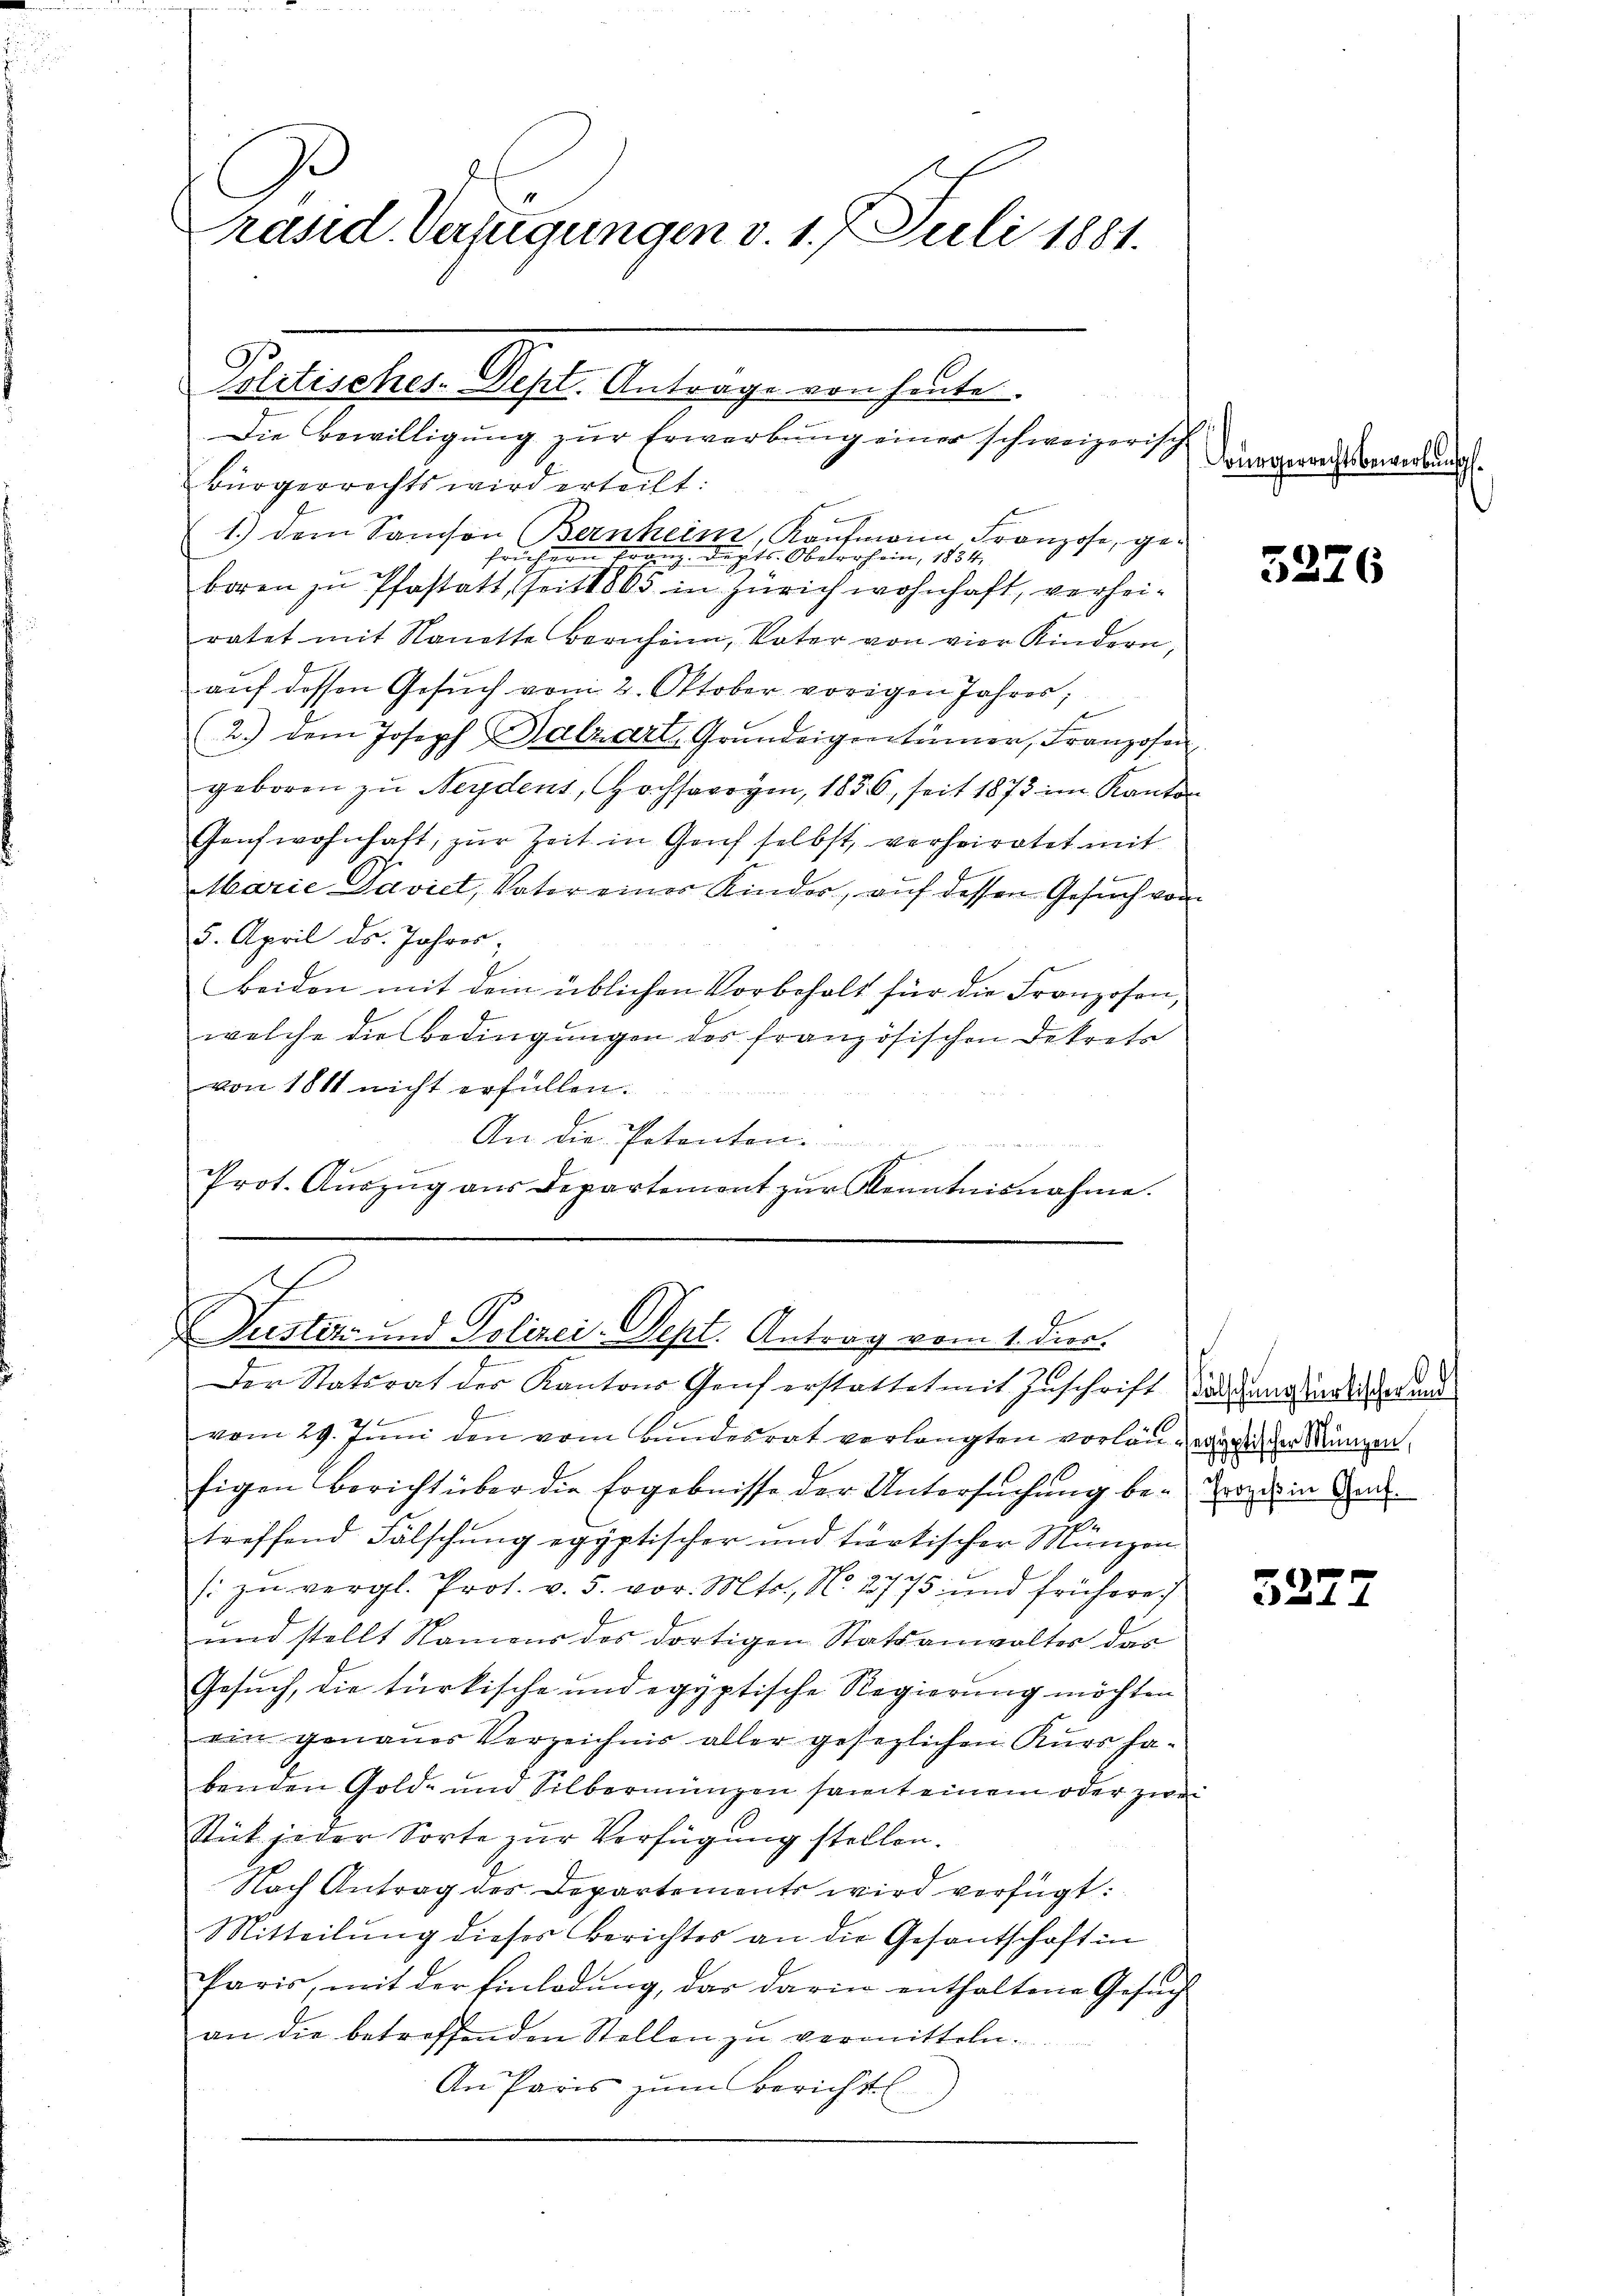
Ravid Dafügungen v. 1. Juli 1881.

Politisches-Dept. Antrage von heute.

Die Bewilligung zur Erwerbung einer schweizerisch
Bürgerrechts wird erteilt:
f
1.) Dem Samson Bernheim, Kaufmann Franzose, gefrühern trang. Duplts. Oberrhein, 1854.
boren zu Pfastatt, seit 1803 in Zürich wohnhaft, verheiratet mit Nanette Bernheim, Vater von vier Kindern,
auf dessen Gesuch vom 2. Oktober vorigen Jahres;
2.) Dem Joseph Palzart, Grŭndeigentümer, Franzosen
geboren zu Neydens, Hochsarogen, 1836, seit 1873 im Kanton
Genwohnhaft, zŭr Zeit in Genf selbst, verheiratet mit
Marie Davidt, Vater eines Kinder, auf dessen Gesuch von
5. April ds. Jahres,
beiden mit dem üblichen Vorbehalt für die Franzosen,
welche die Bedingungen des französischen Dekrets
von 1811 nicht erfüllen.
An die Potenten.
i
Prot. Aŭszŭg aŭs Departement zŭr Kenntnisnahme.

Justiz- und Polizei-Sept. Antrag vom 1. Dier.

Der Statsrat der Kantons Genf erstattet mit Inschrift andranginal der und
.
vom 29. Juni den vom Bundesrat verlangten vorläutergreicher Münzen,
figen Bericht über die Ergebnisse der Untersuchung be- Er in di
.
treffend Fälschung egyptischer und türkischer Manzon
(: zŭ vergl. Prot. v. 5. vor. Mts., N. 2775 und frühere
und stellt Namens des dortigen Statsanwalter das
Gesuch, die türkische und egyptische Regierung möchten
ein genauer Verzeichnis aller gesezlichen Kurs habenden Gold- und Silbernŭngen samt einem oder zwei
Stük jeder Sorte zur Verfügung stellen.
Nach Antrag des Departements wird verfügt:
Mitteilung dieses Berichtes an die Gesantschaft in
Paris, mit der Einladung, das darin enthaltene Gesuch
an die betreffenden Stellen zu vermitteln.
An Paris zum Bericht

Bürgerrechtsbewerbungs¬

5276

3222